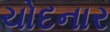
ચોદનાર